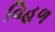
વિહળ